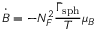
\dot { B } = - N _ { F } ^ { 2 } \frac { \bar { \Gamma } _ { \mathrm { s p h } } } { T } \mu _ { B }